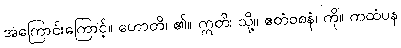
အကြောင်းကြောင့်။ ဟောတိ၊ ၏။ ဣတိ၊ သို့။ ဧတံဝစနံ၊ ကို။ ကထံပန